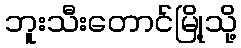
ဘူးသီးတောင်မြို့သို့